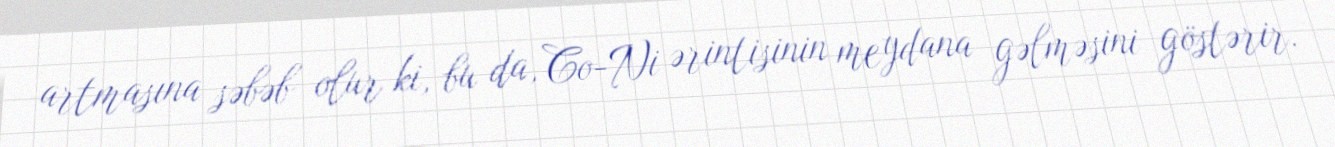
artmasına səbəb olur ki, bu da, Co-Ni ərintisinin meydana gəlməsini göstərir.